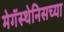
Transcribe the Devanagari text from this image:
मेगॅस्थेनिसच्या